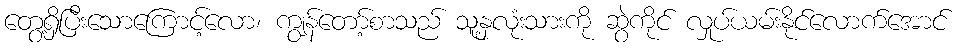
တွေ့ရှိပြီးသောကြောင့်လော၊ ကျွန်တော့်စာသည် သူ့နှလုံးသားကို ဆွဲကိုင် လှုပ်ယမ်းနိုင်လောက်အောင်